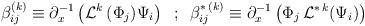
LaTeX: \begin{align*}\beta_{ij}^{(k)}\equiv \partial_x^{-1} \left( {\cal L}^{k} \,( \Phi_j) \Psi_i \right) \;\; ; \;\;\beta_{ij}^{*\,(k)}\equiv \partial_x^{-1} \left( \Phi_j \, {\cal L}^{*\,k} (\Psi_i) \right)\end{align*}